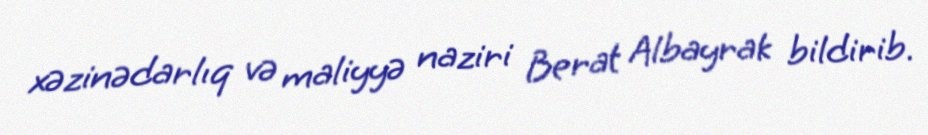
xəzinədarlıq və maliyyə naziri Berat Albayrak bildirib.